Lunatic asylums Bombay report 1878-1890 - 1878-1890
Year: 1878
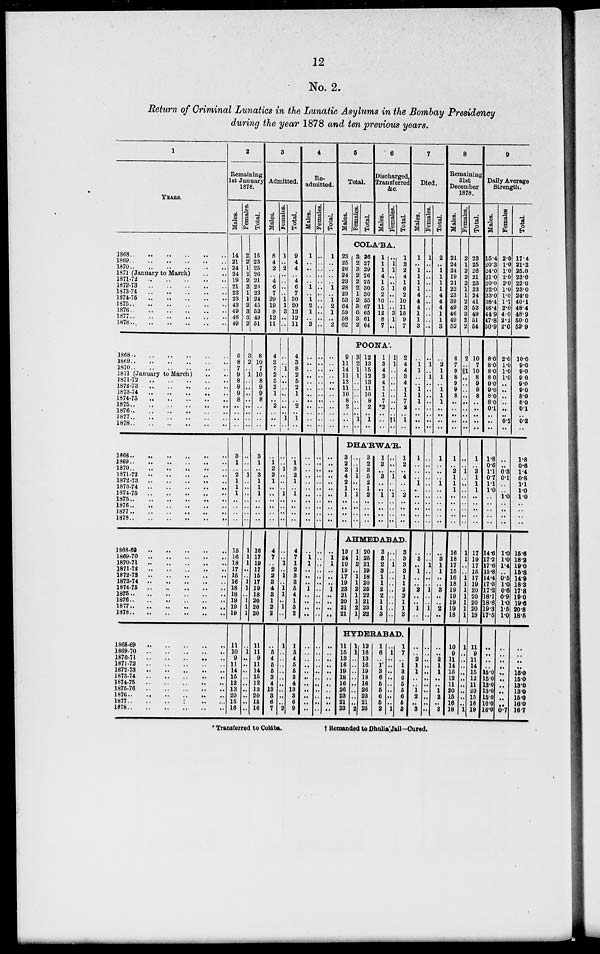
12
No. 2.
Return of Criminal Lunatics in the Lunatic Asylums in the Bombay Presidency
during the year 1878 and ten previous years.
1
YEARS.
1868 .. .. .. .. .. ..
1869 .. .. .. .. .. ..
1370
..
..
..
..
..
..
1871 (January to March) .. ..
1871-72
..
..
..
..
..
1872-73 .. .. .. .. ..
1873-74 .. .. .. .. ..
1874-75 .. .. .. .. ..
1875 .. .. .. .. .. ..
1876 .. .. .. .. .. ..
1877 .. .. .. .. .. ..
1878 .. .. .. .. .. ..
1868
..
..
..
..
..
..
1869
..
..
..
..
..
..
1870 .. .. .. .. .. ..
1871 (January to March) .. ..
1871-72
..
..
..
..
..
1872-73
..
..
..
..
..
1873-74
..
..
..
..
..
1874-75
..
..
..
..
..
1875
..
..
..
..
..
..
1876 .. .. .. .. .. ..
1877 .. .. .. .. .. ..
1878 .. .. .. .. .. ..
1868
..
..
..
..
..
..
1869
..
..
..
..
..
..
1870
..
..
..
..
..
..
1871-72
..
..
..
..
..
1872-73 .. .. .. .. ..
1873-74
..
..
..
..
..
1874-1875 .. .. .. .. ..
1875 .. .. .. .. .. ..
1876 .. .. .. .. .. ..
1877 .. .. .. .. .. ..
1878 .. .. .. .. .. ..
1868-69
..
..
..
..
..
1869-70 .. .. .. .. ..
1870-71 .. .. .. .. ..
1871-72
..
..
..
..
..
1872-73
..
..
..
..
..
1873-74
..
..
..
..
..
1874-75
..
..
..
..
..
1875 .. .. .. .. .. ..
1876 .. .. .. .. .. ..
1877 .. .. .. .. .. ..
1878 .. .. .. .. .. ..
1868-69
..
..
..
..
..
1869-70
..
..
..
..
..
1870-71
..
..
..
..
..
1871-72
..
..
..
..
..
1872-73
..
..
..
..
..
1873-74
..
..
..
..
..
1874-75
..
..
..
..
..
1875-76
..
..
..
..
..
1876 .. .. .. .. .. ..
1877 .. .. .. .. .. ..
1878 .. .. .. .. .. ..
2
Remaining
1st January
1878.
Males.
14
21
24
24
19
21
22
23
43
49
46
49
5
8
7
9
8
9
9
8
..
..
..
..
3
1
..
2
1
1
1
..
..
..
..
15
16
18
17
15
16
18
18
19
19
19
11
10
9
11
14
15
12
13
20
15
16
Females.
2
2
1
2
2
2
1
1
2
3
3
2
3
2
..
1
..
..
..
..
..
..
..
..
..
..
..
1
..
..
..
..
..
..
..
1
1
1
..
..
1
1
.. 1
1
1
..
1
..
..
..
..
..
..
..
..
..
Total.
16
23
25
26
21
23
23
24
45
52
49
51
8
10
7
10
8
9
9
8
..
..
..
..
3
1
..
3
1
1
1
..
..
..
..
16
17
19
17
15
17
19
18
20
20
20
11
11
9
11
14
15
12
13
20
15
16
3
Admitted.
Males.
8
4
2
..
4
6
7
29
19
9
12
11
4
3
7
2
5
2
1
..
2
..
..
..
..
1
2
2
1
..
..
..
..
..
..
4
7
..
2
2
3
4
3
1
2
2
..
5
4
5
5
3
4
13
3
6
7
Females.
1
..
2
..
..
..
..
1
1
3
..
..
..
..
1
..
..
..
..
..
..
..
1
..
..
.. l
..
..
..
1
..
..
..
..
..
..
1
..
1
..
1
1
..
1
..
1
..
..
..
..
..
..
..
..
..
2
Total.
9
4
4
..
4
6
7
30
20
12
12
11
4
3
8
2
5
2
1
..
2
..
1
..
..
1
3
2
1
..
1
..
..
..
..
4
7
1
2
3
3
5
4
1
3
2
1
5
4
5
5
3
4
13
3
6
9
4
Re-
admitted.
Males.
1
..
..
..
.. 1
..
1
2
1
..
2
..
..
..
..
..
..
..
..
..
..
..
..
..
..
..
..
..
..
..
..
..
..
..
..
1
1
..
..
..
1
..
..
..
..
..
..
..
..
..
..
..
..
..
..
..
Females.
..
..
..
..
..
..
..
..
..
..
..
..
..
..
..
..
..
..
..
..
..
..
..
..
..
..
..
..
..
..
..
..
..
..
..
..
..
..
..
..
..
..
..
..
..
..
..
..
..
..
..
..
..
..
..
..
..
Total.
1
..
..
..
.. 1
..
1
2
1
..
2
..
..
..
..
..
..
..
..
..
..
..
..
..
..
..
..
..
..
..
..
..
..
..
..
1
1
..
..
..
1
..
..
..
..
..
..
..
..
..
..
..
..
..
..
..
5
Total.
Males.
Females.
Total.
6
Discharged,
Transferred
&c.
Males.
Females.
Total.
COLA'BA.
23
25
26
24
23
28
29
53
64
59
58
62
3
2
3
2
2
2
1
2
3
6
3
2
26
27
29
26
25
30
30
55
67
65
61
64
1
1
1
4
1
5
2
10
11
12
8
7
..
1
1
..
..
1
..
..
..
3
1
..
1
2
2
4
1
6
2
10
11
15
9
7
POONA'.
9
11
14
11
13
11
10
8
2
..
..
..
3
2
1
1
..
..
..
..
..
..
1
..
12
13
15
12
13
11
10
8
2
..
1
..
1
3
4
8
4
1
1
7
*2
..
..
..
1
1
..
..
..
..
..
..
..
..
†1
..
2
4
4
3
4
1
1
7
2
..
1
..
DHA'RWA'R.
3
2
2
4
2
1
1
..
..
..
..
..
..
1
1
..
..
1
..
..
..
..
3
2
3
5
2
1
2
..
..
..
..
1
2
..
3
..
..
1
..
..
..
..
..
..
..
1
..
..
1
..
..
..
..
1
2
..
4
..
..
2
..
..
..
..
AHMEDABAD.
19
24
19
19
17
19
23
21
20
21
21
1
1
2
..
1
1
2
1
1
2
1
20
25
21
19
18
20
25
22
21
23
22
3
3
2
3
1
1
2
2
1
1
3
..
..
1
..
..
..
..
..
..
..
..
3
3
3
3
1
1
2
2
1
1
3
HYDERABAD.
11
15
18
16
19
18
16
26
23
21
23
1
1
..
..
..
..
..
..
..
..
2
12
16
13
16
19
18
16
26
23
21
25
1
6
..
1
3
6
5
5
6
5
2
..
1
..
..
..
..
..
..
..
..
1
1
7
..
1
3
6
5
5
6
5
3
7
Died.
Males.
1
..
1
1
1
1
4
4
4
1
1
3
..
1
1
..
..
1
1
1
..
..
..
..
1
..
..
.. 1
..
..
..
..
..
..
..
3
..
1
..
..
2
..
..
1
1
..
..
2
1
1
..
..
1
2
..
3
Females.
1
..
..
..
..
..
..
..
..
..
..
..
..
1
..
1
..
..
..
..
..
..
..
..
..
..
..
..
..
..
..
..
..
..
..
..
..
..
..
..
..
..
..
..
..
..
..
..
..
..
..
..
..
..
..
..
..
Total.
2
..
1
1
1
1
4
4
4
1
1
3
..
2
1
1
..
1
1
1
..
..
..
..
1
..
..
.. 1
..
..
..
..
..
..
..
3
1
1
..
..
3
..
..
2
..
..
..
2
1
1
..
..
1
2
..
3
8
Remaining
31st
December
1878.
Males.
21
24
24
19
21
22
23
39
49
46
49
52
8
7
9
8
9
9
8
..
..
..
..
..
1
..
2
1
1
1
..
..
..
..
..
16
18
17
15
16
18
19
19
19
19
18
10
9
11
14
15
12
11
20
15
16
18
Females.
2
1
2
2
2
1
1
2
3
3
2
2
2
..
1
..
..
..
..
..
..
..
..
..
..
..
1
..
..
..
..
..
..
..
..
1
1
..
..
1
1
1
1
1
1
1
1
..
..
..
..
..
..
..
..
..
1
Total.
23
25
26
21
23
23
24
41
52
49
51
54
10
7
10
8
9
9
8
..
..
..
..
..
1
..
3
1
1
1
..
..
..
..
..
17
19
17
15
17
19
20
20
20
20
19
11
9
11
14
15
12
11
20
15
16
19
9
Daily Average
Strength.
Males.
15.4
20.3
24.0
21.0
20.0
22.0
23.0
38.4
46.4
44.9
47.8
50.9
8.0
8.0
8.0
8.0
9.0
9.0
8.0
8 0
0.1
..
..
..
1.8
0.6
1.1
0.7
1.1
1.0
..
..
..
..
..
14.6
17.2
17.6
15.8
14.4
17.3
17.2
18.1
18.6
19.3
17.5
..
..
..
..
15.0
15.0
13.0
13.0
15.0
16.0
16.0
Females.
2.0
1.0
1.0
2.0
2.0
1.0
1.0
1.7
2.0
4.0
2.2
2.0
2.0
1.0
1.0
1.0
..
..
..
..
..
..
0.2
..
..
..
0.3
0.1
..
..
1.0
..
..
..
..
1.0
1.0
1.4
..
0.5
1.0
0.6
0.9
1.0
1.5
1.0
..
..
..
..
..
..
..
..
..
..
0.7
Total.
17.4
21.3
25.0
23.0
22.0
23.0
24.0
40.1
48.4
48.9
50.0
52.9
10.0
9.0
9.0
9.0
9.0
9.0
8.0
8.0
0.1
..
0.2
..
1.8
0.6
1.4
0.8
1.1
1.0
1.0
..
..
..
..
15.6
18.2
19.0
15.8
14.9
18.3
17.8
19.0
19.6
20.8
18.5
..
..
..
..
15.0
15.0
13.0
13.0
15.0
16.0
16.7
* Transferred to Colába.
†
Remanded to Dhulia: Jail—Cured.